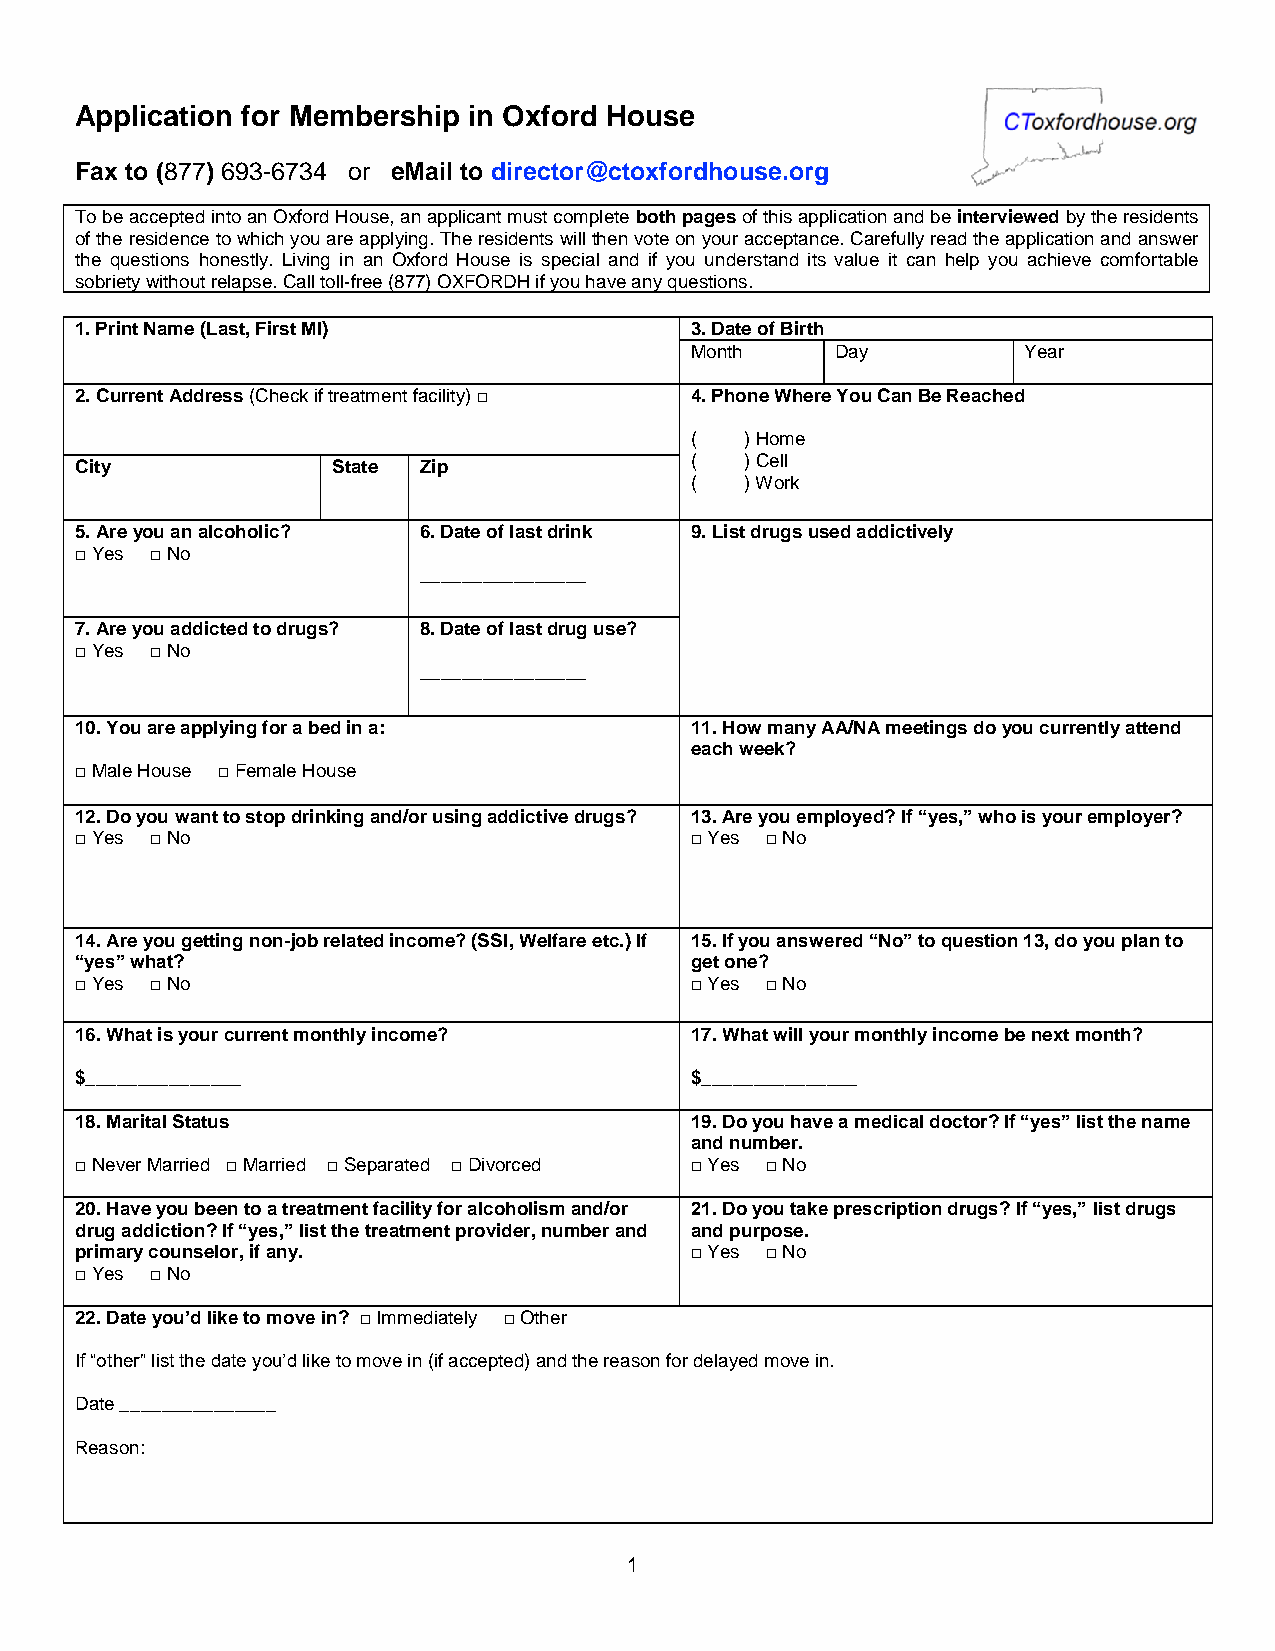
Application for Membership in Oxford House
 Fax to (877) 693-6734 or eMail to director@ctoxfordhouse.org
 To be accepted into an Oxford House, an applicant must complete both pages of this application and be interviewed by the residents
 of the residence to which you are applying. The residents will then vote on your acceptance. Carefully read the application and answer
 the questions honestly. Living in an Oxford House is special and if you understand its value it can help you achieve comfortable
 sobriety without relapse. Call toll-free (877) OXFORDH if you have any questions.
 1. Print Name (Last, First MI)           3. Date of Birth
 Month    Day          Year
 2. Current Address (Check if treatment facility) □ 4. Phone Where You Can Be Reached
 (  ) Home
 City             State Zip               (  ) Cell
 (  ) Work
 5. Are you an alcoholic? 6. Date of last drink 9. List drugs used addictively
 □ Yes □ No
 ________________
 7. Are you addicted to drugs? 8. Date of last drug use?
 □ Yes □ No
 ________________
 10. You are applying for a bed in a:     11. How many AA/NA meetings do you currently attend
 each week?
 □ Male House □ Female House
 12. Do you want to stop drinking and/or using addictive drugs? 13. Are you employed? If “yes,” who is your employer?
 □ Yes □ No                               □ Yes □ No
 14. Are you getting non-job related income? (SSI, Welfare etc.) If 15. If you answered “No” to question 13, do you plan to
 “yes” what?                              get one?
 □ Yes □ No                               □ Yes □ No
 16. What is your current monthly income? 17. What will your monthly income be next month?
 $_______________                         $_______________
 18. Marital Status                       19. Do you have a medical doctor? If “yes” list the name
 and number.
 □ Never Married □ Married □ Separated □ Divorced □ Yes □ No
 20. Have you been to a treatment facility for alcoholism and/or 21. Do you take prescription drugs? If “yes,” list drugs
 drug addiction? If “yes,” list the treatment provider, number and and purpose.
 primary counselor, if any.               □ Yes □ No
 □ Yes □ No
 22. Date you’d like to move in? □ Immediately □ Other
 If “other” list the date you’d like to move in (if accepted) and the reason for delayed move in.
 Date _______________
 Reason:
 1